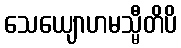
သေယျောဟမသ္မီတိပိ